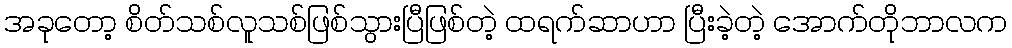
အခုတော့ စိတ်သစ်လူသစ်ဖြစ်သွားပြီဖြစ်တဲ့ ထရက်ဆာဟာ ပြီးခဲ့တဲ့ အောက်တိုဘာလက